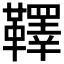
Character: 𩍜